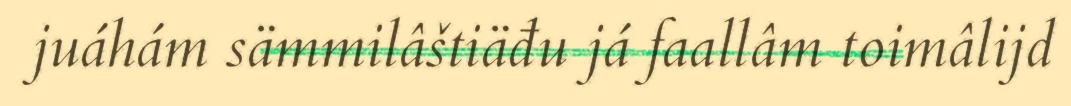
juáhám sämmilâštiäđu já faallâm toimâlijd